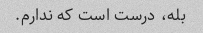
بله، درست است که ندارم.